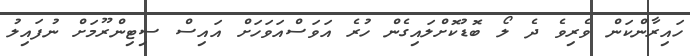
ހައިރާންކަން ވެރިވެ ދެ ލޯ ބޮޑުކޮށްލައިގެން ހުރެ އަވަސްއަވަހަށް އައިސް ސިޓިންރޫމަށް ނުފައިލު